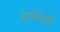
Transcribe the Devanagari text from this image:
शक्तीभोवती